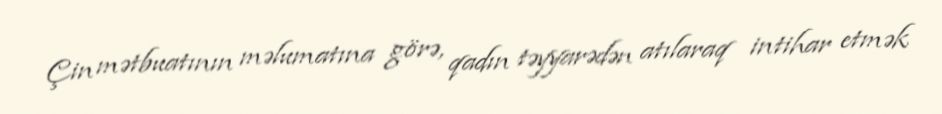
Çin mətbuatının məlumatına görə, qadın təyyarədən atılaraq intihar etmək